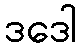
ဒဒေါ